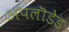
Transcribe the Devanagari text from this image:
अपलॊडेड